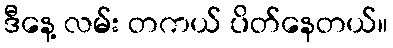
ဒီနေ့ လမ်း တကယ် ပိတ်နေတယ်။